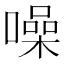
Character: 噪